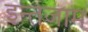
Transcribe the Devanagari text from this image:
इन्‍तजाम